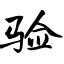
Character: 验